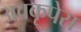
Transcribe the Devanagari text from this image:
अवकृपेस